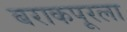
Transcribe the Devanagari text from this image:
बराकपूरला